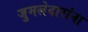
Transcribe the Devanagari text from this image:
जुमलेदारांना